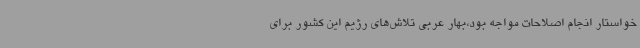
خواستار انجام اصلاحات مواجه بود،بهار عربی تلاش‌های رژیم این کشور برای